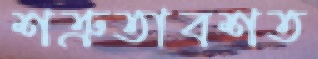
শত্রুতাবশত